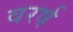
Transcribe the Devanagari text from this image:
वरर्ष